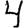
Digit: 4